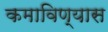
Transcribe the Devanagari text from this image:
कमाविण्यास